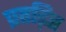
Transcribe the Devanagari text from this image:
प्रतड़ित